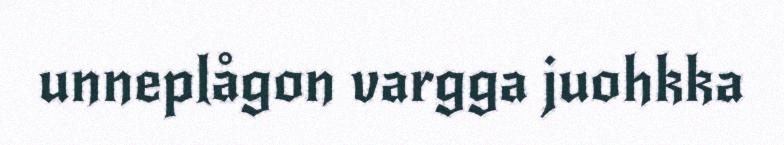
unneplågon vargga juohkka